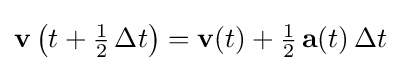
\mathbf {v} \left(t+{\tfrac {1}{2}}\,\Delta t\right)=\mathbf {v} (t)+{\tfrac {1}{2}}\,\mathbf {a} (t)\,\Delta t